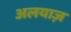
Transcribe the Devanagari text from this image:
अलयाज़